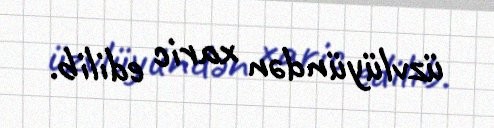
üzvlüyündən xaric edilib.